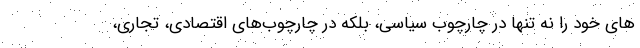
های خود را نه تنها در چارچوب سیاسی، بلکه در چارچوب‌های اقتصادی، تجاری،